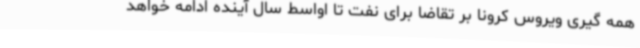
همه گیری ویروس کرونا بر تقاضا برای نفت تا اواسط سال آینده ادامه خواهد